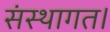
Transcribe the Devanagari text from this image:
संस्थागत।